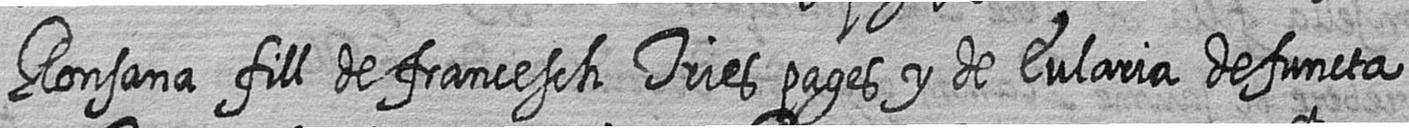
Ronsana fill de francesch Tries pages y de Eularia defuncta